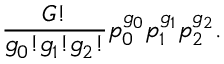
\frac { G ! } { g _ { 0 } ! g _ { 1 } ! g _ { 2 } ! } p _ { 0 } ^ { g _ { 0 } } p _ { 1 } ^ { g _ { 1 } } p _ { 2 } ^ { g _ { 2 } } .